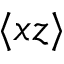
\langle x z \rangle